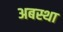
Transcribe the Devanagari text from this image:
अबस्था